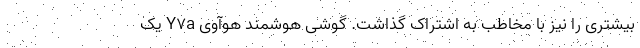
بیشتری را نیز با مخاطب به اشتراک گذاشت. گوشی هوشمند هوآوی Y7a یک